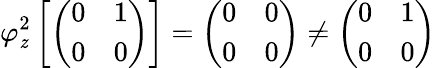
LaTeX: \varphi_{\mathit{z}}^{2}\left[{\left(\begin{array}{ll}{0}&{1}\\ {0}&{0}\end{array}\right)}\right]={\left(\begin{array}{ll}{0}&{0}\\ {0}&{0}\end{array}\right)}\neq{\left(\begin{array}{ll}{0}&{1}\\ {0}&{0}\end{array}\right)}